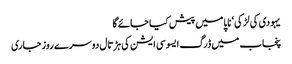
یہودی کی لڑکی‘ ناپا میں پیش کیا جائے گا
پنجاب میں ڈرگ ایسوسی ایشن کی ہڑتال دوسرے روز جاری